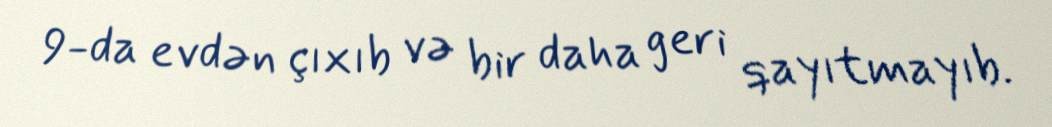
9-da evdən çıxıb və bir daha geri qayıtmayıb.